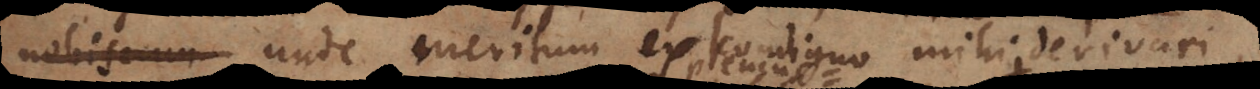
nobiscum unde meritum ex condigno mihi derivari